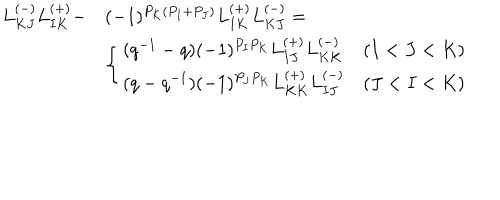
\begin{array} { l l } { { L _ { K J } ^ { ( - ) } L _ { I K } ^ { ( + ) } - } } & { { ( - 1 ) ^ { P _ { K } ( P _ { I } + P _ { J } ) } L _ { I K } ^ { ( + ) } L _ { K J } ^ { ( - ) } = } } \\ { { } } & { { \left\{ \begin{array} { l l } { { ( q ^ { - 1 } - q ) ( - 1 ) ^ { P _ { I } P _ { K } } L _ { I J } ^ { ( + ) } L _ { K K } ^ { ( - ) } } } & { { ( I < J < K ) } } \\ { { ( q - q ^ { - 1 } ) ( - 1 ) ^ { P _ { J } P _ { K } } L _ { K K } ^ { ( + ) } L _ { I J } ^ { ( - ) } } } & { { ( J < I < K ) } } \\ \end{array} \right. } } \\ \end{array}